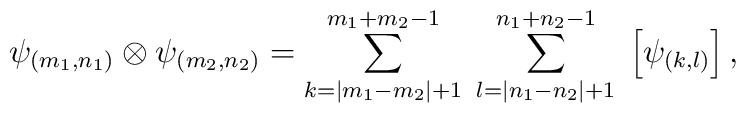
\psi_{(m_{1},n_{1})}\otimes \psi_{(m_{2},n_{2})}=\sum_{k=|m_{1}-m_{2}|+1}^{m_{1}+m_{2}-1}\;\sum_{l=|n_{1}-n_{2}|+1}^{n_{1}+n_{2}-1}\;\left[ \psi_{(k,l)} \right],